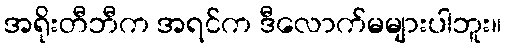
အရိုးတီဘီက အရင်က ဒီလောက်မများပါဘူး။